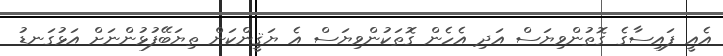
އެއީ ފައިސާގެ ގޮތުންވިޔަސް އަދި އެހެން ގޮތަކުންވިޔަސް އެ ޔަޤީންކަން ތިޔަބޭފުޅުންނަށް އަޅުގަނޑު